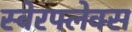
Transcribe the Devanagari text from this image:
स्वेरफ्लेक्स